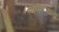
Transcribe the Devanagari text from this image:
लाव्हारसाला